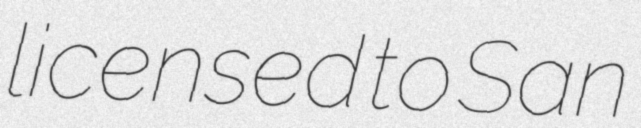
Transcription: licensed to San